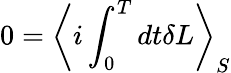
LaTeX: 0=\left<i\int_{0}^{T}dt\delta L\right>_{S}